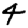
Digit: 4